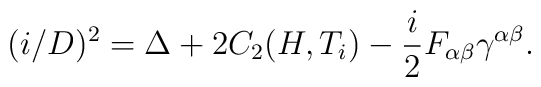
(i\slash D )^2=\Delta  + 2C_2(H,T_i)-{i\over 2} F_{\alpha\beta}\gamma^{\alpha\beta}.